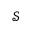
\mathcal { S }